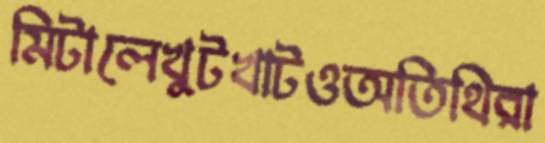
মিটালেখুটখাটওঅতিথিরা